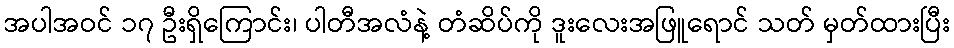
အပါအဝင် ၁၇ ဦးရှိကြောင်း၊ ပါတီအလံနဲ့ တံဆိပ်ကို ဒူးလေးအဖြူရောင် သတ် မှတ်ထားပြီး